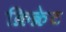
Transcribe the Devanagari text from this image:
क्रिक्रेट